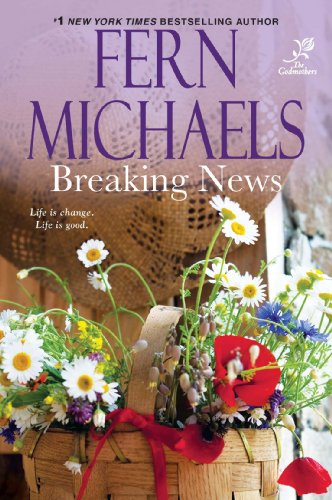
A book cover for Breaking News (Godmothers, Book 5) (The Godmothers); Fern Michaels; Literature & Fiction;